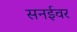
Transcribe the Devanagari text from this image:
सनईवर